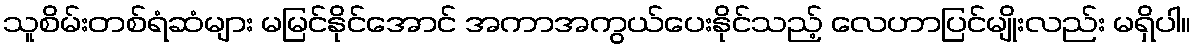
သူစိမ်းတစ်ရံဆံများ မမြင်နိုင်အောင် အကာအကွယ်ပေးနိုင်သည့် လေဟာပြင်မျိုးလည်း မရှိပါ။